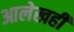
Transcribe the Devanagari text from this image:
आलेखही